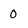
Character: 0